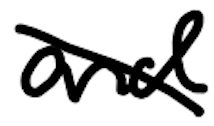
Text: and
Cross-out: diagonal
Writing tool: digital_black